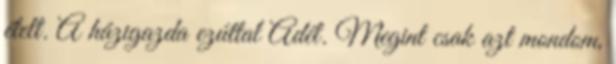
ételt. A házigazda ezúttal Adél. Megint csak azt mondom,